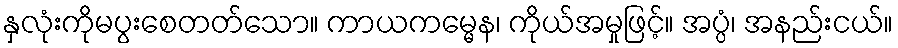
နှလုံးကိုမပွးစေတတ်သော။ ကာယကမ္မေန၊ ကိုယ်အမှုဖြင့်။ အပ္ပံ၊ အနည်းငယ်။